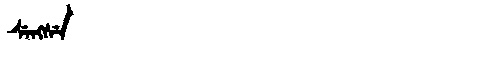
Manchu: ᠰᡝᠩᠰᡝ
Romanization: SENGSE